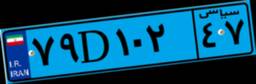
۶۵D۵۵۹۶۳